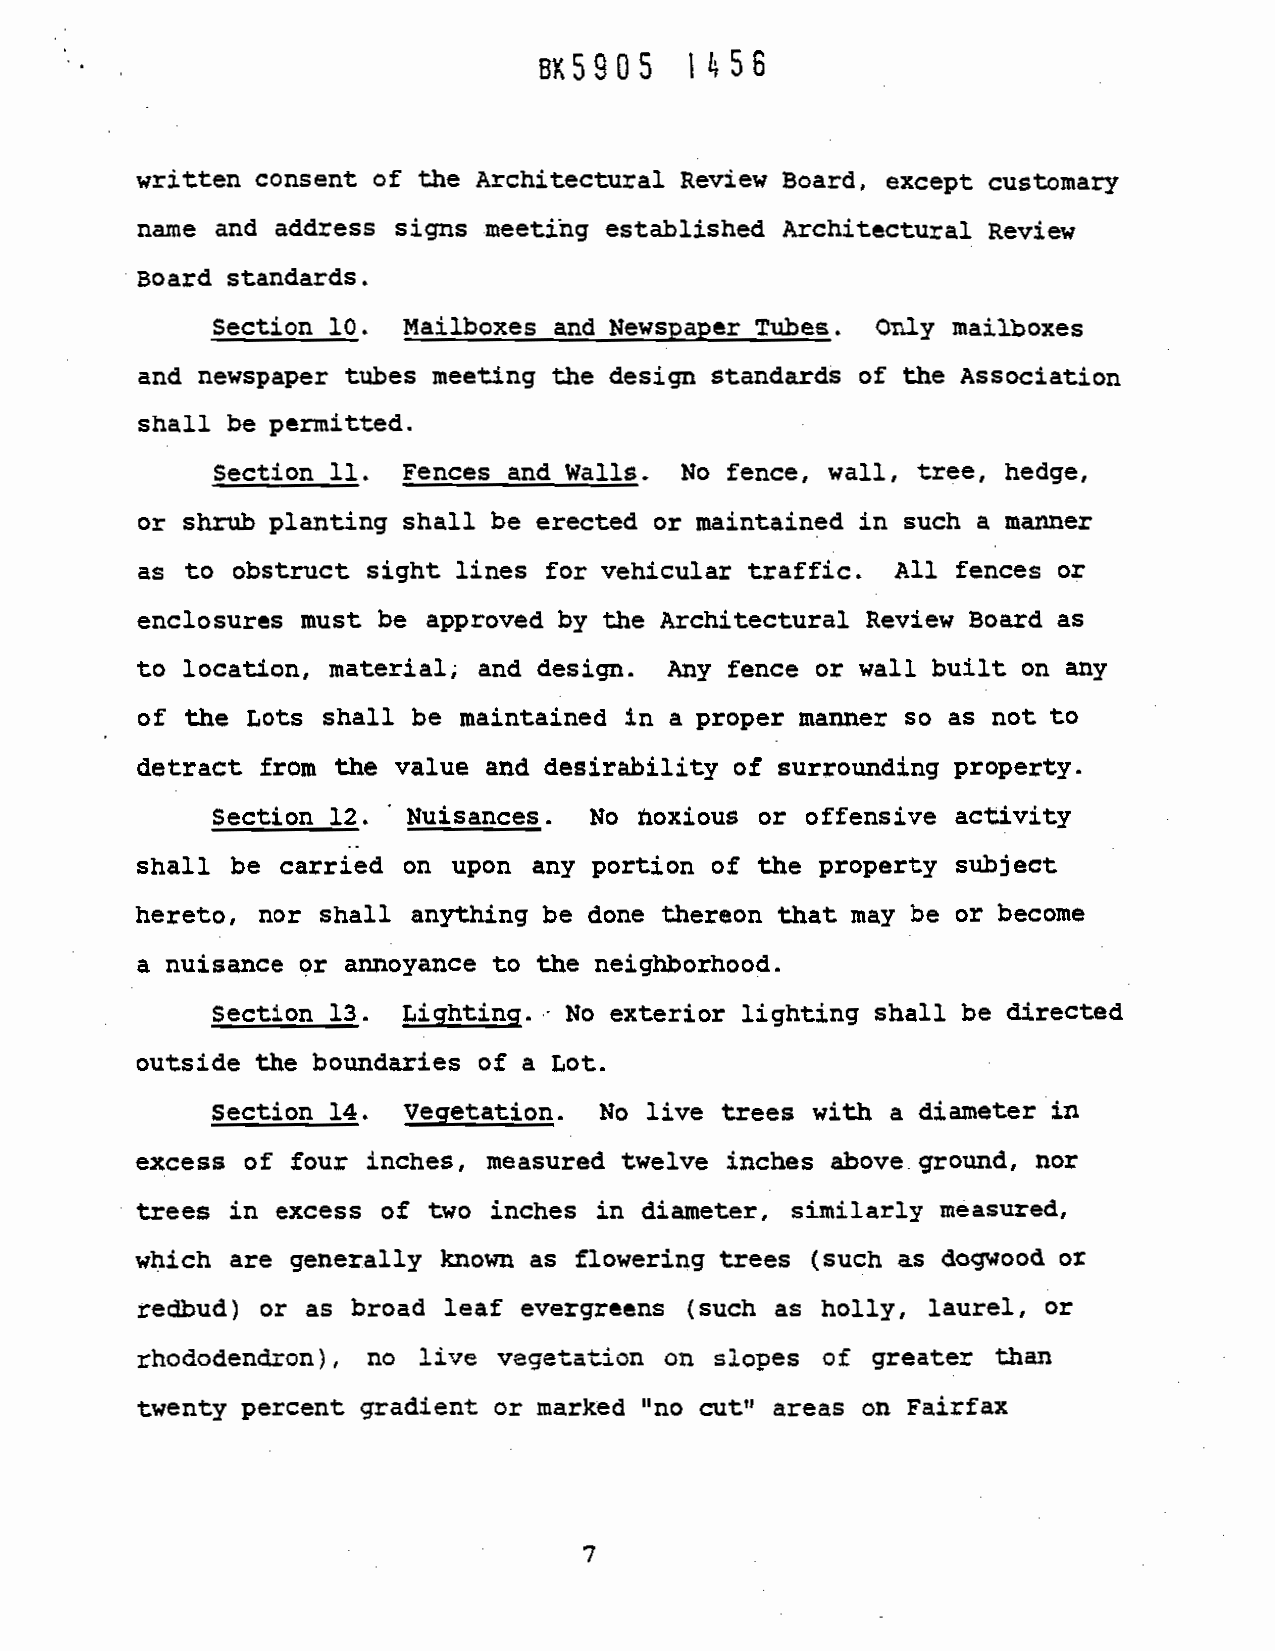
BX59O5flS6
 I.
 written consent of the Architectural Review
 Board, except customary
 name  and address signs meetihg established
 Architectural Review
 I
 Board standards.
 Section 10.  Mailboxes and Newspaper Tubes. Only mailboxes
 and newspaper tubes meeting the design standards of the Association
 shall be permitted.
 Section
 11. Fences and Walls. No fence, wall,
 tree, hedge,
 or shrub planting
 shall be erected or maintained in such a manner
 as to obstruct sight lines for vehicular traffic. All fences or
 enclosures must be approved by the Architectural
 Review Board as
 to location, material; and design.
 Any  fence or wall built on any
 of the Lots shall be maintained in
 a proper mamter  so as not to
 detract from the value and desirability of
 surrounding property.
 Section 12. Nuisances. No  tioxious or offensive activity
 shall
 be carried on  upon any portion of the
 property subject
 hereto, nor shall anything be done thereon that
 may be or become
 a nuisance or annoyance to the neighborhood.
 Section 13. Lighting.  No exterior
 lighting shall be directed
 outside the boundaries of a Lot.
 Section 14. Vegetation.  No live trees with
 a diameter in
 excess of four inches, measured twelve inches above
 ground, nor
 trees in excess of two inches in diameter,
 similarly measured,
 which are generally known as
 flowering trees (such as dogwood or
 or as broad leaf evergreens (such as
 redbud)                                      holly, laurel, or
 rhododendron),  no live vegetation on slopes of greater than
 twenty percent gradient or marked "no cut" areas on Fairfax
 7